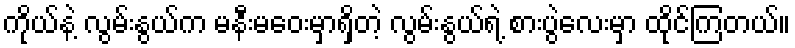
ကိုယ်နဲ့ လွမ်းနွယ်က မနီးမဝေးမှာရှိတဲ့ လွမ်းနွယ်ရဲ့ စားပွဲလေးမှာ ထိုင်ကြတယ်။